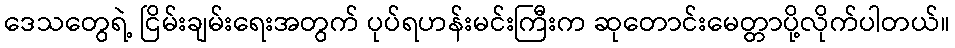
ဒေသတွေရဲ့ ငြိမ်းချမ်းရေးအတွက် ပုပ်ရဟန်းမင်းကြီးက ဆုတောင်းမေတ္တာပို့လိုက်ပါတယ်။